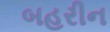
બહરીન